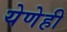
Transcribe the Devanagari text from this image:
येणेही